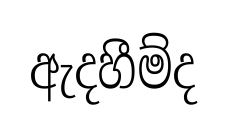
ඇදහීම්ද